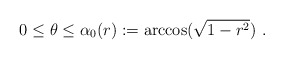
\begin{align*} 0\leq\theta\leq\alpha_0(r):=\arccos(\sqrt{1-r^2})\ .\end{align*}